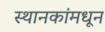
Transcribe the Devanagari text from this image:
स्थानकांमधून